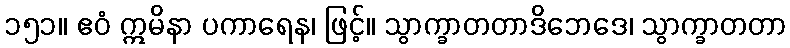
၁၅၁။ ဧဝံ ဣမိနာ ပကာရေန၊ ဖြင့်။ သွာက္ခာတတာဒိဘေဒေ၊ သွာက္ခာတတာ